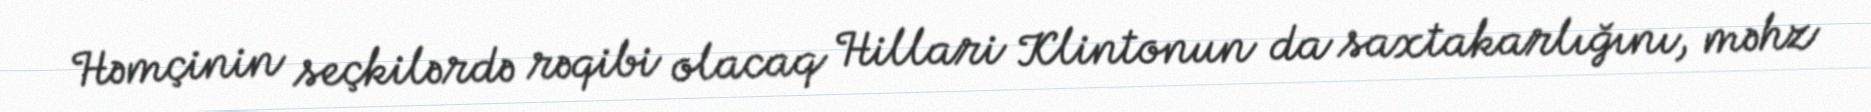
Həmçinin seçkilərdə rəqibi olacaq Hillari Klintonun da saxtakarlığını, məhz